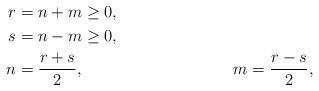
LaTeX: \begin{align*}r &= n+m \geq 0,\\s &= n-m \geq 0,\\n &=\frac{r+s}{2}, &m = \frac{r-s}{2},\end{align*}